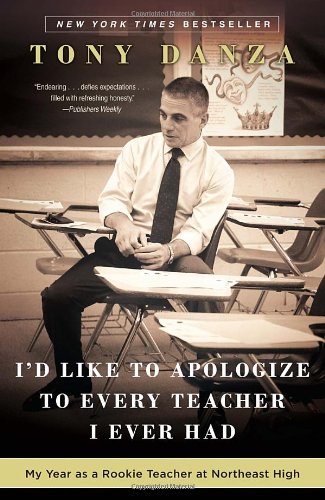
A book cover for I'd Like to Apologize to Every Teacher I Ever Had: My Year as a Rookie Teacher at Northeast High; Tony Danza; Biographies & Memoirs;